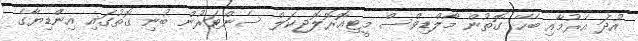
އުދަ އެރުމާއި ބެހޭ ގޮތުން މޯލްޑިވްސް މީޓިއޮރޮލޮޖިކަލް ސެންޓަރުން ބުނި ގޮތުގައި އިންްޑިޔާގެ